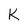
Character: K